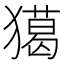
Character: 獦